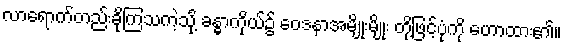
လာရောက်တည်းခိုကြသကဲ့သို့ ခန္ဓာကိုယ်၌ ဝေဒနာအမျိုးမျိုး တို့ဖြင့်ပုံကို ဟောထား၏။